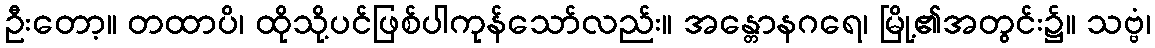
ဦးတော့။ တထာပိ၊ ထိုသို့ပင်ဖြစ်ပါကုန်သော်လည်း။ အန္တောနဂရေ၊ မြို့၏အတွင်း၌။ သဗ္ဗံ၊